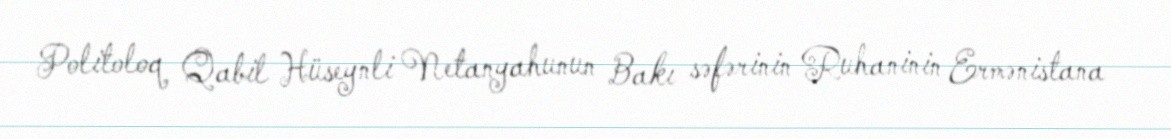
Politoloq Qabil Hüseynli Netanyahunun Bakı səfərinin Ruhaninin Ermənistana